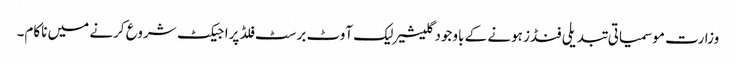
وزارت موسمیاتی تبدیلی فنڈز ہونے کے باوجودگلیشیر لیک آوٹ برسٹ فلڈ پراجیکٹ شروع کرنے میں ناکام۔